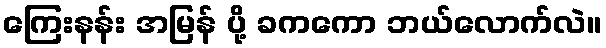
ကြေးနန်း အမြန် ပို့ ခကကော ဘယ်လောက်လဲ။